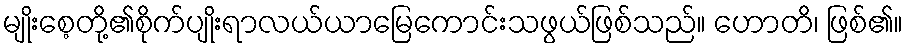
မျိုးစေ့တို့၏စိုက်ပျိုးရာလယ်ယာမြေကောင်းသဖွယ်ဖြစ်သည်။ ဟောတိ၊ ဖြစ်၏။